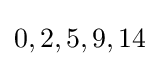
0,2,5,9,14